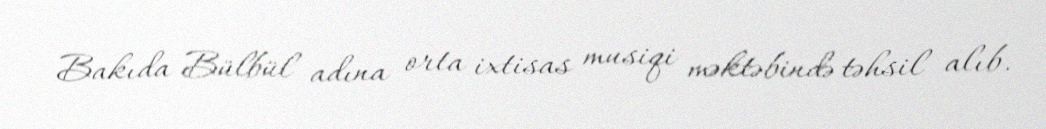
Bakıda Bülbül adına orta ixtisas musiqi məktəbində təhsil alıb.